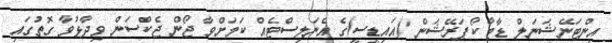
އިންޓަނޭޝަނަލް ޑާޓާ ކޯޕަރޭޝަން (އައިޑީސީ)ގެ އެނަލިސްޓެއް ކަމަށްވާ ޖޯން ޖެކްސަން ވިދާޅުވާ ގޮތުގައި